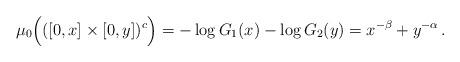
LaTeX: \begin{align*}\mu_0\Big(([0,x]\times[0,y])^c\Big)=-\log{G_1(x)}-\log{G_2(y)}= x^{-\beta}+y^{-\alpha} \,.\end{align*}